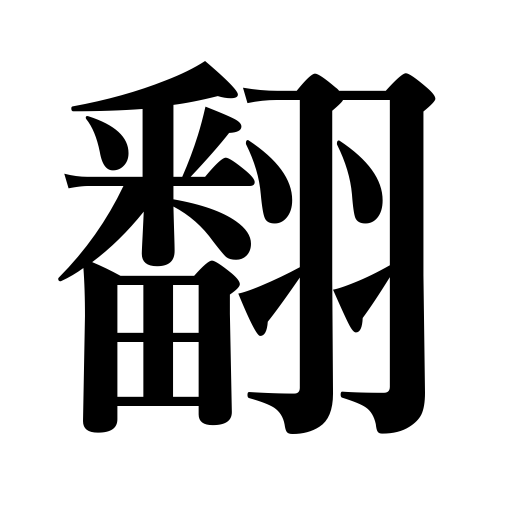
Meanings: dodge,flutter,turn,wave,reverse,change one's mind,turn over